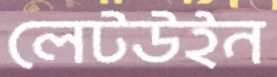
লেটউইন